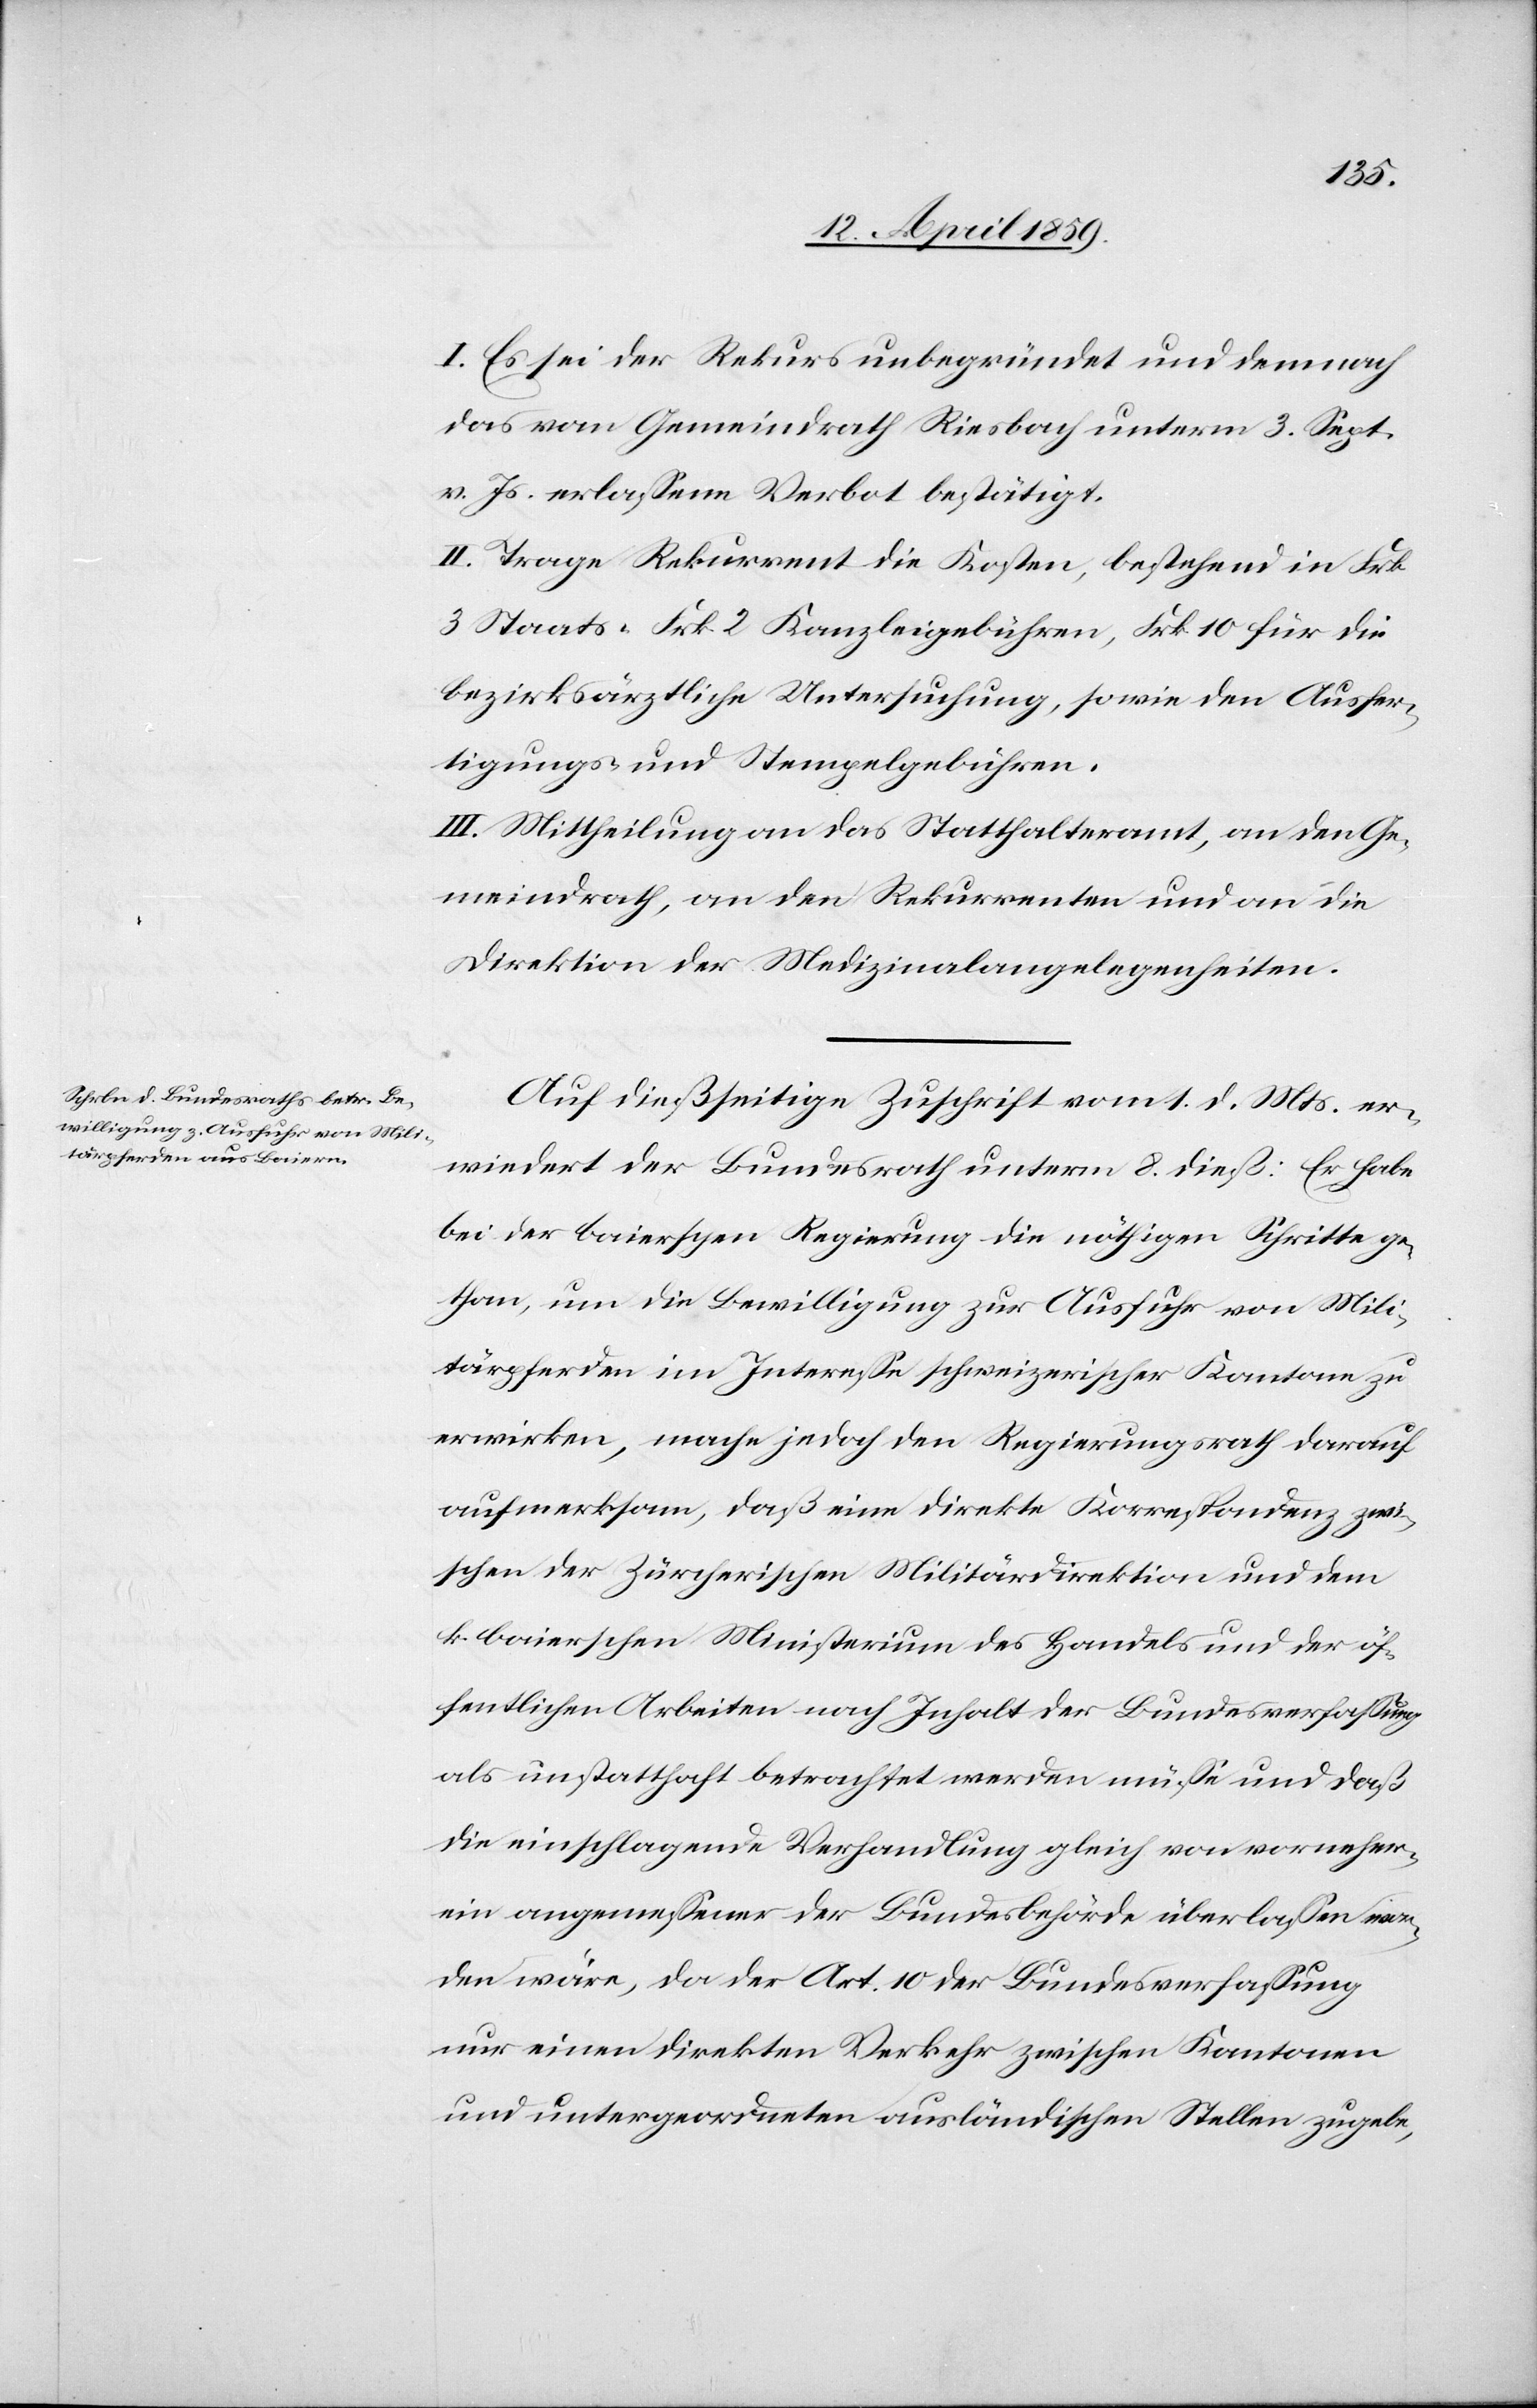
I. Es sei der Rekurs unbegründet und demnach
das vom Gemeindrath Riesbach unterm 3. Sept.
v. Js. erlaßene Verbot bestätigt.
II. Trage Rekurrent die Kosten, bestehend in Frk.
3 Staats-[,] Frk. 2 Kanzleigebühren, Frk. 10 für die
bezirksärztliche Untersuchung, sowie den Ausfer¬
tigungs- und Stempelgebühren.
III. Mittheilung an das Statthalteramt, an den Ge¬
meindrath, an den Rekurrenten und an die
Direktion der Medizinalangelegenheiten.
Auf dießseitige Zuschrift vom 1. d. Mts. er¬
wiedert der Bundesrath unterm 8. dieß: Er habe
bei der baierschen Regierung die nöthigen Schritte ge¬
than, um die Bewilligung zur Ausfuhr von Mili¬
tärpferden im Intereße schweizerischer Kantone zu
erwirken, mache jedoch den Regierungsrath darauf
aufmerksam, daß eine direkte Korrespondenz zwi¬
schen der Zürcherischen Militärdirektion und dem
k. baierschen Ministerium des Handels und der öf¬
fentlichen Arbeiten nach Inhalt der Bundesverfaßung
als unstatthaft betrachtet werden müße und daß
die einschlagende Verhandlung gleich von vornher¬
ein angemeßener der Bundesbehörde überlaßen wor¬
den wäre, da der Art. 10 der Bundesverfaßung
nur einen direkten Verkehr zwischen Kantonen
und untergeordneten ausländischen Stellen zugebe,